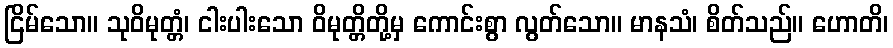
ငြိမ်သော။ သုဝိမုတ္တံ၊ ငါးပါးသော ဝိမုတ္တိတို့မှ ကောင်းစွာ လွတ်သော။ မာနသံ၊ စိတ်သည်။ ဟောတိ၊